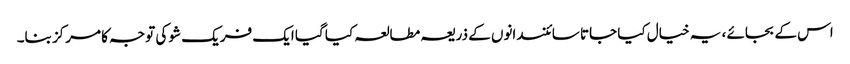
اس کے بجائے ، یہ خیال کیا جاتا سائنسدانوں کے ذریعہ مطالعہ کیا گیا ایک فریک شو کی توجہ کا مرکز بنا۔